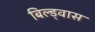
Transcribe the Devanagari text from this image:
बिल्ड्वास